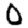
Digit: 0